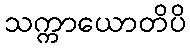
သက္ကာယောတိပိ